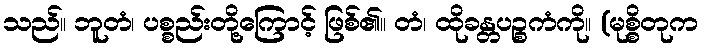
သည်။ ဘူတံ၊ ပစ္စည်းတို့ကြောင့် ဖြစ်၏။ တံ၊ ထိုခန္တပဉ္စကံကို။ (မုစ္စိတုက